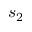
s _ { 2 }